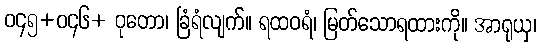
ဝ၄၅+ဝ၄၆+ ဝုတော၊ ခြံရံလျက်။ ရထဝရံ၊ မြတ်သောရထားကို။ အာရုယှ၊